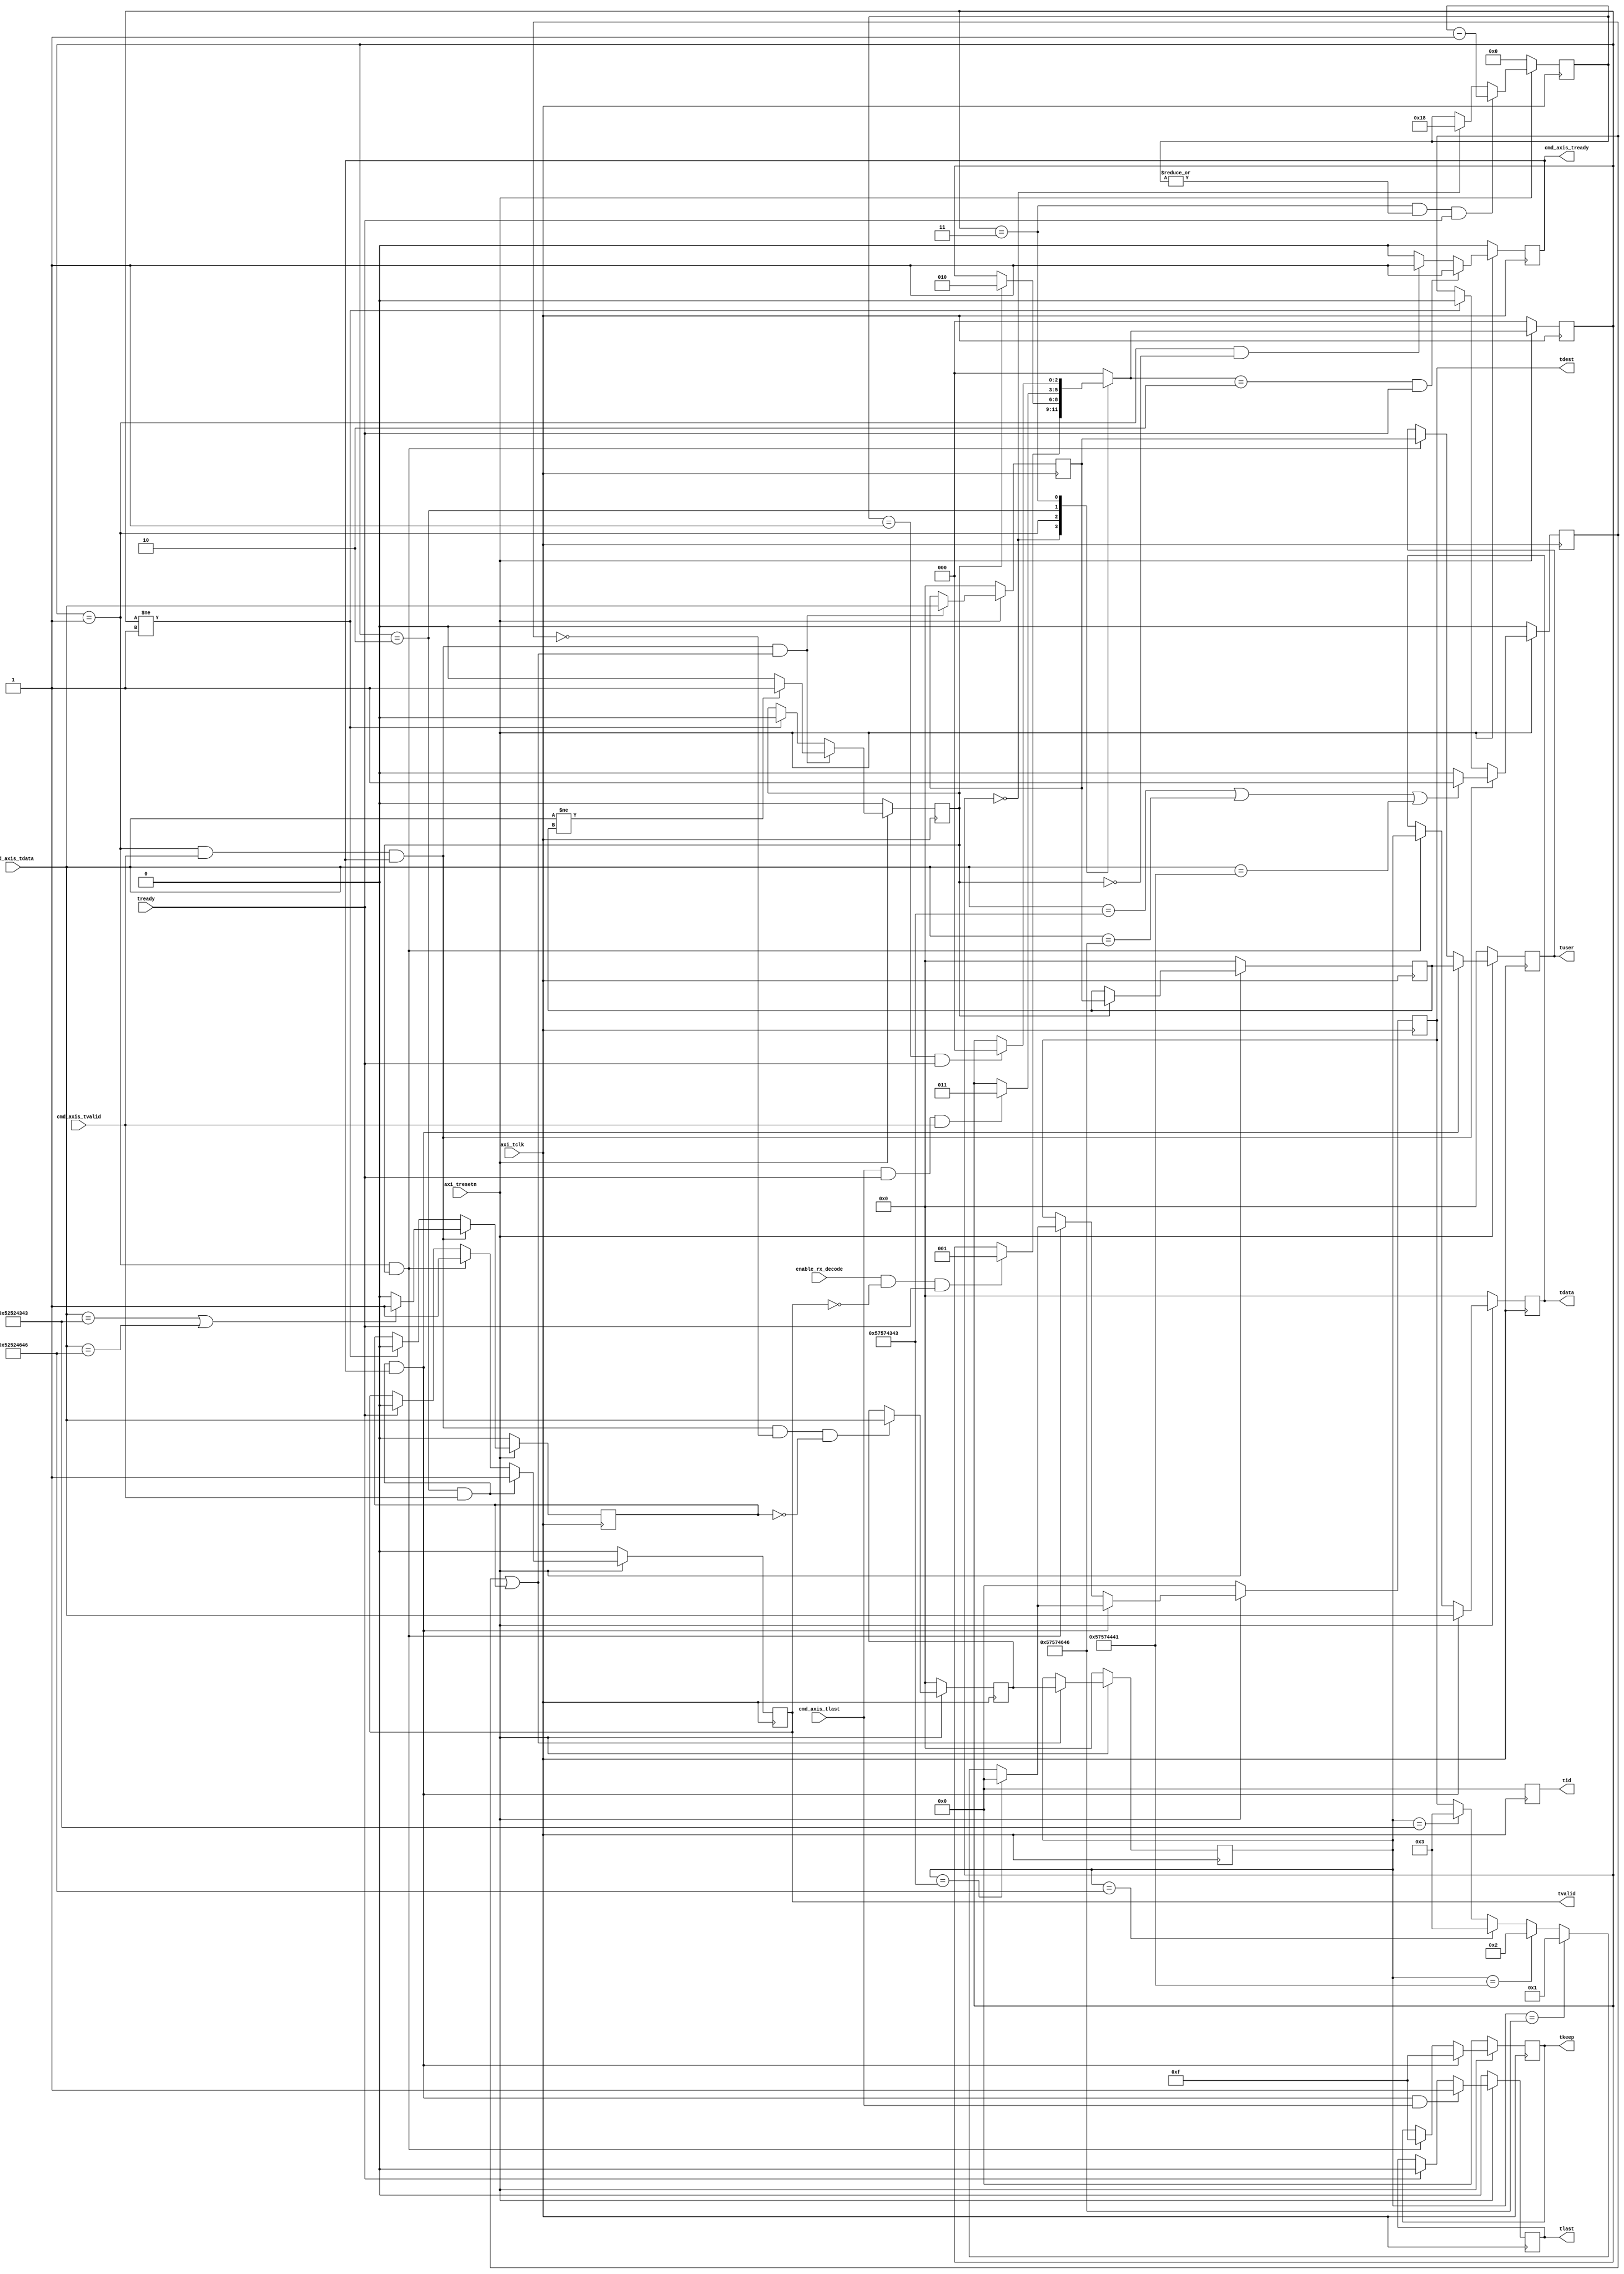
//`timescale 1ns / 1ps
//////////////////////////////////////////////////////////////////////////////////
// Company: MiXIL
//
// Design Name:
// Module Name: axi_rx_command_gen
// Project Name:
// Target Devices:
// Tool Versions:
// Description:
//
// Dependencies:
//
// Revision:
// Revision 0.01 - File Created
// Additional Comments:
//
//////////////////////////////////////////////////////////////////////////////////

`timescale 1 ps/1 ps

module axi_rx_command_gen #(
    parameter               REG_WIDTH = 4,        // size of data registers in bytes
    parameter               NUM_REG = 7

)(
   input                   axi_tclk,
   input                   axi_tresetn,

   input                   enable_rx_decode,

       // data from ADC Data fifo
    input       [31:0]                    cmd_axis_tdata,
    input                                 cmd_axis_tvalid,
    input                                 cmd_axis_tlast,
    output                                cmd_axis_tready,

    output    [31:0] tdata,
    output           tvalid,
    output           tlast,
    output    [3:0]  tkeep,
    output    [3:0]  tdest,
    output    [3:0]  tid,
    output    [31:0] tuser,
    input            tready

  //  output reg  [8*REG_WIDTH-1:0]        reg_map_axis_tdata,
  //  output reg                           reg_map_axis_tvalid,
  //  output reg                           reg_map_axis_tlast,
  //  input                                reg_map_axis_tready
   );



localparam     IDLE        = 3'b000,
               NEXT_CMD    = 3'b001,
               DATA        = 3'b010,
               OVERHEAD    = 3'b011;

localparam     CHIRP_WRITE_COMMAND = 32'h57574343;     //Ascii WWCC
localparam     FMC150_WRITE_COMMAND = 32'h57574646;     //Ascii WWFF
localparam     DATA_WRITE_COMMAND = 32'h57574441;       //Ascii WWDA

localparam    CHIRP_READ_COMMAND = 32'h52524343;         //Ascii RRCC
localparam    FMC150_READ_COMMAND = 32'h52524646;         //Ascii RRFF


reg [31:0]                 next_cmd_word;
reg [31:0]                 next_cmd_id;

reg [31:0]                 curr_cmd_word;
reg [31:0]                 curr_cmd_id;



reg         [2:0]          next_gen_state;
reg         [2:0]          gen_state;
reg         [4:0]                        overhead_count;


reg                         cmd_axis_tvalid_reg;
reg                         cmd_axis_tlast_reg;
reg     [31:0]               cmd_axis_tdata_reg;

reg                        cmd_axis_tready_int;

reg       [31:0]                   tdata_reg;
reg                                tvalid_reg;
reg                                tlast_reg;
reg       [3:0]                    tdest_reg;
reg       [3:0]                    tid_reg;
reg       [3:0]                    tkeep_reg;
reg       [31:0]                   tuser_reg;

reg                       has_command;
reg                       new_command;
reg                       write_command;
reg                       read_command;



wire                       axi_treset;

assign axi_treset = !axi_tresetn;

// Write interface
always @(posedge axi_tclk)
begin
   if (axi_treset) begin
      cmd_axis_tvalid_reg      <= 1'b0;
      cmd_axis_tlast_reg       <= 1'b0;
      cmd_axis_tdata_reg       <= 32'b0;
   end else begin
      cmd_axis_tvalid_reg      <= cmd_axis_tvalid;
      cmd_axis_tlast_reg       <= cmd_axis_tlast;
      cmd_axis_tdata_reg[31:0] <= cmd_axis_tdata[31:0];
   end
end







// need a count to manage the frame overhead (assume 24 bytes)
always @(posedge axi_tclk)
begin
   if (axi_treset) begin
      overhead_count <= 0;
   end
   else if (gen_state == OVERHEAD & |overhead_count & tready) begin
      overhead_count <= overhead_count - 1;
   end
   else if (gen_state == IDLE) begin
      overhead_count <= 24;
   end
end


// simple state machine to control the data
// on the transition from IDLE we reset the counters and increment the packet size
always @(gen_state or enable_rx_decode or new_command or tready or tvalid_reg or overhead_count or cmd_axis_tvalid or cmd_axis_tlast or cmd_axis_tready_int)
begin
   next_gen_state = gen_state;
   case (gen_state)
      IDLE : begin
         if (enable_rx_decode & !tvalid_reg & tready) begin
            next_gen_state = NEXT_CMD;
         end
      end
      NEXT_CMD : begin
        // if (rx_axis_tvalid & (rx_axis_tlast | prev_tlast_aligned) & rx_axis_tready_int)
        if (new_command)
            next_gen_state = DATA;
      end
      DATA : begin
         // when an AVB AV channel we want to keep valid asserted to indicate a continuous feed of data
         //   the AVB module is then enitirely resposible for the bandwidth
         if (cmd_axis_tlast == 1 & tready & cmd_axis_tvalid) begin
            next_gen_state = OVERHEAD;
         end
      end
      OVERHEAD : begin
         if (overhead_count == 1 & tready) begin
            next_gen_state = IDLE;
         end
      end
      default : begin
         next_gen_state = IDLE;
      end
   endcase
end

always @(posedge axi_tclk)
begin
   if (axi_treset) begin
      gen_state <= IDLE;
   end
   else begin
      gen_state <= next_gen_state;
   end
end


always @(posedge axi_tclk)
begin
  if (axi_treset) begin
    write_command <= 1'b0;
  end
  else if (gen_state == NEXT_CMD & cmd_axis_tvalid & cmd_axis_tready_int) begin
    if ((cmd_axis_tdata == CHIRP_WRITE_COMMAND) | (cmd_axis_tdata == FMC150_WRITE_COMMAND)|(cmd_axis_tdata == DATA_WRITE_COMMAND))
      write_command <= 1'b1;
    else
      write_command <= 1'b0;
  end else if (gen_state != NEXT_CMD)
      write_command <= 1'b0;
end

always @(posedge axi_tclk)
begin
  if (axi_treset) begin
    read_command <= 1'b0;
  end
  else if (gen_state == NEXT_CMD & cmd_axis_tvalid & cmd_axis_tready_int) begin
    if ((cmd_axis_tdata == CHIRP_READ_COMMAND) | (cmd_axis_tdata == FMC150_READ_COMMAND))
      read_command <= 1'b1;
    else
      read_command <= 1'b0;
  end else if (gen_state != NEXT_CMD)
      read_command <= 1'b0;
end

always @(posedge axi_tclk)
begin
  if (axi_treset)
    next_cmd_word <= 0;
  else if (gen_state == NEXT_CMD & cmd_axis_tvalid & cmd_axis_tready_int & !write_command & !read_command)
    next_cmd_word <= cmd_axis_tdata;
end

always @(posedge axi_tclk)
begin
  if (axi_treset)
    next_cmd_id <= 0;
  else if (gen_state == NEXT_CMD & cmd_axis_tvalid & cmd_axis_tready_int & (write_command | read_command))
    next_cmd_id <= cmd_axis_tdata;
end

always @(posedge axi_tclk)
begin
  if (axi_treset) begin
    new_command <= 0;
  end
  else if (gen_state == NEXT_CMD & cmd_axis_tvalid & cmd_axis_tready_int & (write_command | read_command)) begin
      if (cmd_axis_tdata != curr_cmd_id)
        new_command <= 1'b1;
      else
        new_command <= 1'b0;
  end else if (gen_state != NEXT_CMD)
      new_command <= 1'b0;
end

always @(posedge axi_tclk)
begin
  if (axi_treset)
    curr_cmd_word <= 0;
  else if ((write_command | read_command))
      curr_cmd_word <= next_cmd_word;
  else
      curr_cmd_word <= curr_cmd_word;
end

always @(posedge axi_tclk)
begin
  if (axi_treset)
    curr_cmd_id <= 0;
  else if (new_command)
      curr_cmd_id <= next_cmd_id;
  else
      curr_cmd_id <= curr_cmd_id;
end


always @(posedge axi_tclk)
begin
   if (axi_treset) begin
      tdata_reg <= 0;
   end
   else if (gen_state == DATA & cmd_axis_tvalid & cmd_axis_tready_int) begin
      tdata_reg <= cmd_axis_tdata;
   end
  //  else if (gen_state == NEXT_CMD & cmd_axis_tvalid & cmd_axis_tready_int & new_command) begin
  //    tdata_reg <= cmd_axis_tdata;
  else if (gen_state == NEXT_CMD & new_command) begin
    tdata_reg <= curr_cmd_word;
   end
end

always @(posedge axi_tclk)
begin
   if (axi_treset) begin
      tuser_reg <= 0;
   end
   else if (gen_state == DATA & cmd_axis_tvalid & cmd_axis_tready_int) begin
      tuser_reg <= curr_cmd_id;
   end
  //  else if (gen_state == NEXT_CMD & cmd_axis_tvalid & cmd_axis_tready_int & new_command) begin
  //    tdata_reg <= cmd_axis_tdata;
  else if (gen_state == NEXT_CMD & new_command) begin
    tuser_reg <= next_cmd_id;
   end
end

always @(posedge axi_tclk)
begin
   if (axi_treset) begin
      tkeep_reg <= 0;
   end
   else if (gen_state == DATA & cmd_axis_tvalid & cmd_axis_tready_int) begin
      tkeep_reg <= 4'hf;
   end
  //  else if (gen_state == NEXT_CMD & cmd_axis_tvalid & cmd_axis_tready_int & new_command) begin
  //    tdata_reg <= cmd_axis_tdata;
  else if (gen_state == NEXT_CMD & new_command) begin
    tkeep_reg <= 4'hf;
   end
end

// now generate the WR fifo TID output
always @(posedge axi_tclk)
begin
   tid_reg <= 0;
end

always @(posedge axi_tclk)
begin
   if (axi_treset) begin
      tdest_reg <= 0;
   end
   else if (gen_state == DATA & cmd_axis_tvalid & cmd_axis_tready_int) begin
      if(curr_cmd_word == CHIRP_WRITE_COMMAND)
        tdest_reg <= 4'b0000;
      else if(curr_cmd_word == FMC150_WRITE_COMMAND)
        tdest_reg <= 4'b0001;
     else if(curr_cmd_word == DATA_WRITE_COMMAND)
          tdest_reg <= 4'b0010;
      else if(curr_cmd_word == FMC150_READ_COMMAND)
          tdest_reg <= 4'b0011;
      else if(curr_cmd_word == CHIRP_READ_COMMAND)
          tdest_reg <= 4'b0011;

   end
  //  else if (gen_state == NEXT_CMD & cmd_axis_tvalid & cmd_axis_tready_int & new_command) begin
  //    tdata_reg <= cmd_axis_tdata;
  else if (gen_state == NEXT_CMD & new_command) begin
    if(curr_cmd_word == CHIRP_WRITE_COMMAND)
      tdest_reg <= 4'b0000;
    else if(curr_cmd_word == FMC150_WRITE_COMMAND)
      tdest_reg <= 4'b0001;
    else if(curr_cmd_word == DATA_WRITE_COMMAND)
         tdest_reg <= 4'b0010;
     else if(curr_cmd_word == FMC150_READ_COMMAND)
         tdest_reg <= 4'b0011;
     else if(curr_cmd_word == CHIRP_READ_COMMAND)
         tdest_reg <= 4'b0011;
   end
end


// now generate the TLAST output
always @(posedge axi_tclk)
begin
   if (axi_treset)
    tlast_reg <= 0;
   else if (gen_state == DATA &  cmd_axis_tvalid & cmd_axis_tready_int & cmd_axis_tlast)
      tlast_reg <= 1;
   else if (tready)
      tlast_reg <= 0;
end


// now generate the WR fifo TVALID output
always @(posedge axi_tclk)
begin
   if (axi_treset)
      tvalid_reg <= 0;
   //else if (gen_state == DATA & !adc_axis_tvalid_reg)
   //else if (gen_state == DATA & rx_axis_tvalid)
   else if (gen_state == DATA & cmd_axis_tvalid)
      tvalid_reg <= 1'b1;
//   else if(gen_state == NEXT_CMD & new_command & cmd_axis_tvalid)
  else if(gen_state == NEXT_CMD & new_command)
      tvalid_reg <= 1'b1;
   else if (tready)
      tvalid_reg <= 0;
end

// need to generate the ready output

always @(posedge axi_tclk)
begin
   if (axi_treset) begin
      cmd_axis_tready_int <= 0;
   end
   else begin
    if (next_gen_state == DATA & tready)
         cmd_axis_tready_int <= 1;
   //else if(gen_state == NEXT_CMD & (!new_command | tready))
   else if(gen_state == NEXT_CMD & (!new_command))
        cmd_axis_tready_int <= 1;
    else
        cmd_axis_tready_int <= 0;
   end
end


//assign tvalid = wr_fifo_rx_axis_tvalid_reg;
//assign tlast = wr_fifo_rx_axis_tlast_reg;
//assign tdata = wr_fifo_rx_axis_tdata_reg;

assign tvalid = tvalid_reg;
assign tlast = tlast_reg;
assign tdata = tdata_reg;
assign tuser = tuser_reg;
assign tdest = tdest_reg;
assign tkeep = tkeep_reg;
assign tid = tid_reg;

assign cmd_axis_tready = cmd_axis_tready_int;


endmodule